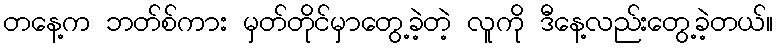
တနေ့က ဘတ်စ်ကား မှတ်တိုင်မှာတွေ့ခဲ့တဲ့ လူကို ဒီနေ့လည်းတွေ့ခဲ့တယ်။